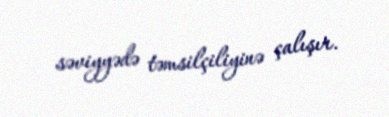
səviyyədə təmsilçiliyinə çalışır.